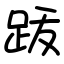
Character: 䟦